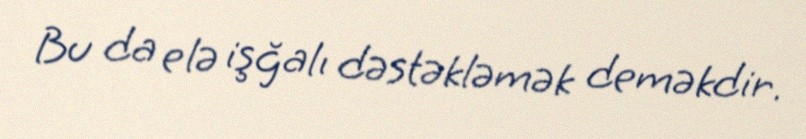
Bu da elə işğalı dəstəkləmək deməkdir.